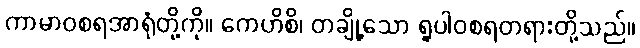
ကာမာဝစရအာရုံတို့ကို။ ကေဟိစိ၊ တချို့သော ရူပါဝစရတရားတို့သည်။